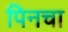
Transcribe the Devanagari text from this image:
पिनचा